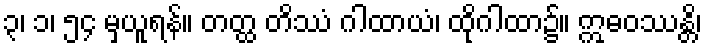
၃၊ ၁၊ ၅၄ မှယူရန်။ တတ္ထ တိဿံ ဂါထာယံ၊ ထိုဂါထာ၌။ ဣဓဝဿန္တိ၊